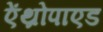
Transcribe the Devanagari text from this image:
ऐंथ्रोपाएड